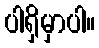
ပါရှိမှာပါ။